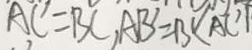
A C = B C , A B = B C A C ^ { \prime }